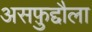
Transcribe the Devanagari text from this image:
असफ़ुद्दौला